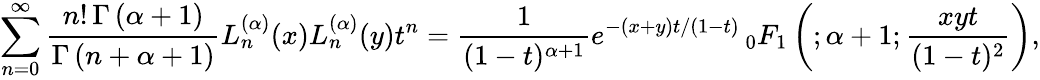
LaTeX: \sum_{n=0}^{\infty}{\frac{n!\, \Gamma\left(\alpha+1\right)}{\Gamma\left(n+\alpha+1\right)}}L_{n}^{(\alpha)}(x)L_{n}^{(\alpha)}(y)t^{n}={\frac{1}{(1-t)^{\alpha+1}}}e^{-(x+y)t/(1-t)}\, _{0}F_{1}\left(;\alpha+1;{\frac{xyt}{(1-t)^{2}}}\right),